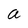
Character: a